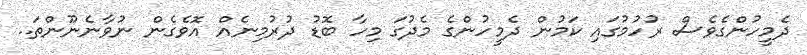
ދެމީހުންގެވެސް ރުހުމުގައި ކަމުން ދެމީހުންގެ މެދުގަ މިހާ ބޮޑު ދުރުމިނެއް އޮވެގެން ނުވާނެނޫންތަ..